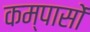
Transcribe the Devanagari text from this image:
कम्पासों